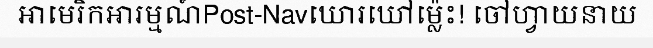
អាមេរិកអារម្មណ៍Post-Navឃោរឃៅម្ល៉េះ! ចៅហ្វាយនាយ